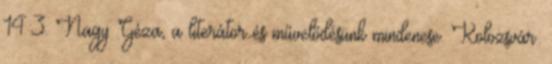
14:3. Nagy Géza, a literátor és művelődésünk mindenese. Kolozsvár: